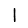
Digit: 1